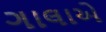
ગાલાએ